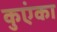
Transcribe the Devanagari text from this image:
कुएंका